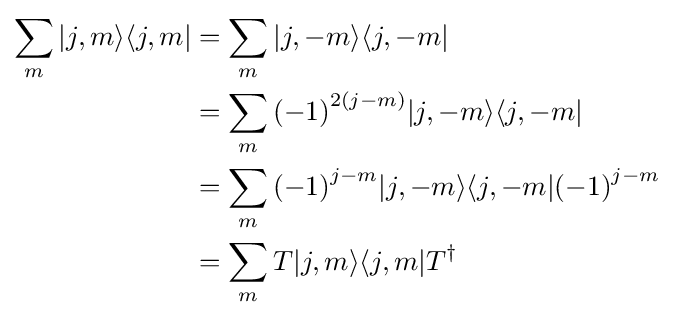
{\begin{aligned}\sum _{m}|j,m\rangle \langle j,m|&=\sum _{m}|j,-m\rangle \langle j,-m|\\&=\sum _{m}{(-1)}^{2(j-m)}|j,-m\rangle \langle j,-m|\\&=\sum _{m}{(-1)}^{j-m}|j,-m\rangle \langle j,-m|{(-1)}^{j-m}\\&=\sum _{m}T|j,m\rangle \langle j,m|T^{\dagger }\end{aligned}}